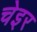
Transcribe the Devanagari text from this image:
चेइर